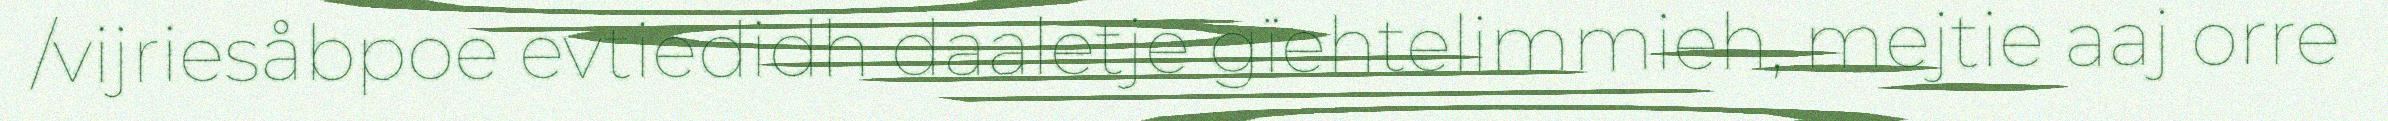
/vijriesåbpoe evtiedidh daaletje gïehtelimmieh, mejtie aaj orre